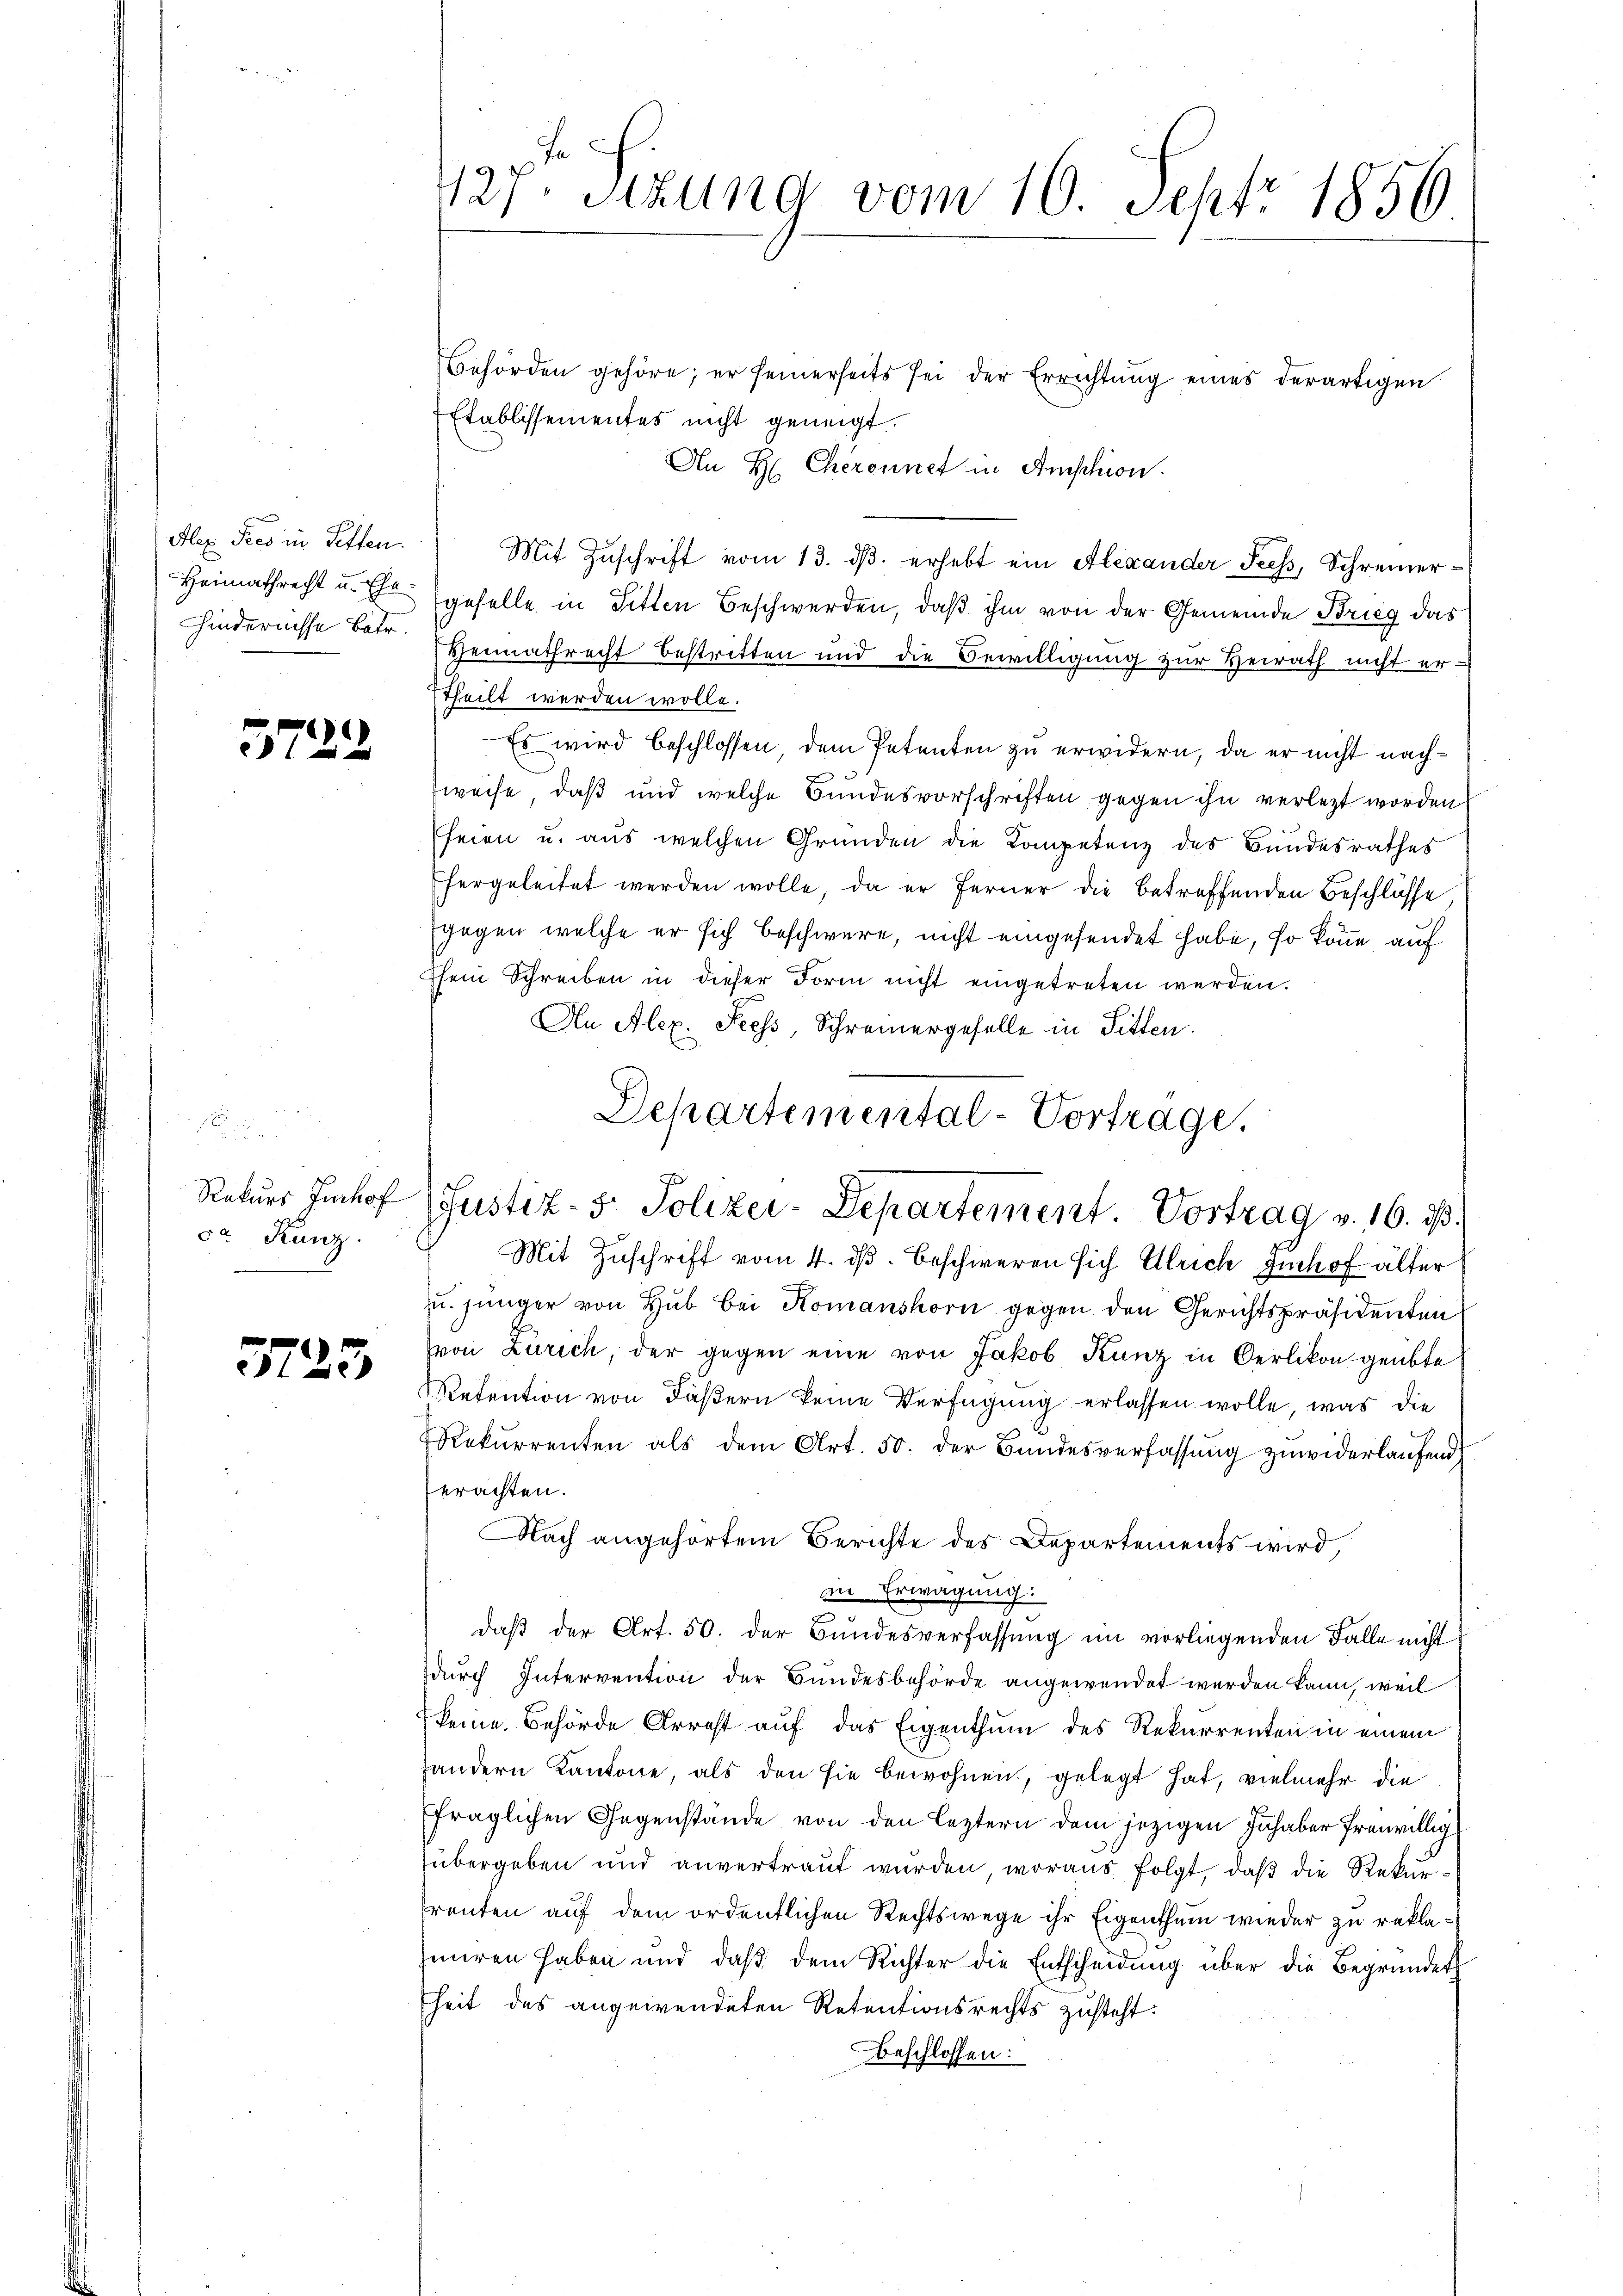
Alex Sees in Seften.
Heimathrecht u. Ehehindernisse Betr.

5722

Rekurs Imhof
sa Kunz

525

127. Sitzung vom 10. Sept. 1856

Behörden gehöre; er seinerseits sei der Errichtŭng eines derartigen
Etablissementes nicht geneigt.
An H Cheronnet in Amphion.
Mit Zuschrift vom 13. dβ. erhebt ein Alexander Sees, Schreiner-
geselle in Sitten Beschwerden, daß ihm von der Gemeinde Brieg das
Heimathrecht bestritten und die Bewilligung zur Heirath nicht er-
Theilt werden wolle.
Es wird beschlossen dem Petenten zu erwidern, da er nicht nachweise, daß und welche Bundesvorschriften gegen ihn verletzt worden
seien u. aus welchen Gründen die Kompetenz des Bundesrathes
hergeleitet werden wolle, da er ferner die betreffenden Beschlüsse
gegen welche er sich beschwere, nicht eingesendet habe, so könne auf
Klein Schreiben in dieser Form nicht eingetreten werden.
An Alex. Seess, Schreinergeselle in Sitten.
Mit Zuschrift vom 4. ds. beschweren sich Ulrich Imhof älter
zu. jünger von Hub bei Komanshorn gegen den Gerichtspräsidenten
von Zürich, der gegen eine von Jakob Kanz in Oerlikon geübte
Retention von Fäßern keine Verfügung erlassen wolle, was die
Rekurrenten als dem Art. 50. der Bundesverfassung zuwiderlaufend
erachten.
Nach angehörtem Berichte des Departements wird,
in Erwägung.
daß der Art. 50. der Bundesverfassung im vorliegenden Falle nicht
durch Intervention der Bundesbehörde angewendet werden kann, weil
keine Behörde Arrest auf das Eigenthum des Rekurrenten in einem
andern Kantone, als den sie bewohnen, gelegt hat, vielmehr die
fraglichen Gegenstände von den leztern dem jezigen Inhaber freiwillig
übergeben und anvertraut wurden, woraus folgt, daß die Refe
renten auf dem ordentlichen Rechtswege ihr Eigenthum wieder zu rekla¬
Iniren haben und daß dem Richter die Entscheidung über die Begründet
heit des angewendeten Retentionsrechts zusteht:
Beschlossen:

Departemental-Vortrage.
Justiz- 5. Polizei-Departement. Vortrag v. 16. ds.